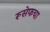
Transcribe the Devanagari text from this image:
रूसेफचा